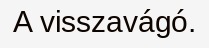
A visszavágó.